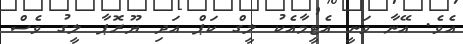
އެވެ. އޭނާ ވަނީ އެޓީމާއެކު ލީގް ކަޕް އަދި ޔޫރޮޕާ ލީގު ވެސް